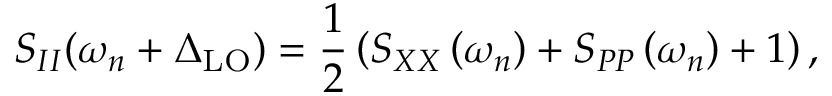
S _ { I I } ( \omega _ { n } + \Delta _ { \mathrm { L O } } ) = \frac { 1 } { 2 } \left( S _ { X X } \left( \omega _ { n } \right) + S _ { { P P } } \left( \omega _ { n } \right) + 1 \right) ,